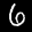
Label: 6